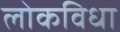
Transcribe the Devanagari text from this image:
लोकविधा